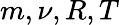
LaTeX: m,\nu,R,T